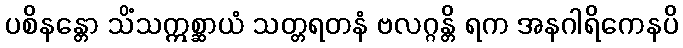
ပစိနန္တော သိံသဣစ္ဆာယံ သတ္တရတနံ ဗလဂ္ဂန္တိ ရက အနဂါရိကေနပိ